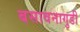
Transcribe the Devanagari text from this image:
बसावनागुडी